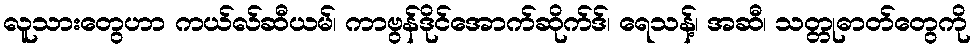
လူသားတွေဟာ ကယ်လ်ဆီယမ်၊ ကာဗွန်ဒိုင်အောက်ဆိုက်ဒ်၊ ရေသန့်၊ အဆီ၊ သတ္တုဓာတ်တွေကို